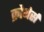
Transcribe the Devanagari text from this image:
क्रोथेर्स